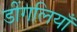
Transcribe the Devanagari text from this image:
डींगलियाँ